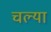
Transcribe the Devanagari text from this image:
चल्या